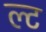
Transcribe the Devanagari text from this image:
ल्ट